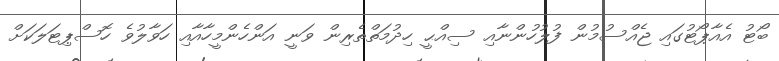
ބޯޓު އެއާޕޯޓުގައި ޖެއްސުމުން ފުލުހުންނާއި ސިއްޙީ ހިދުމަތްތެރިން ވަނީ އަންހެންމީހާއާއި ހަވާލުވެ ހޮސްޕިޓަލަކަށް